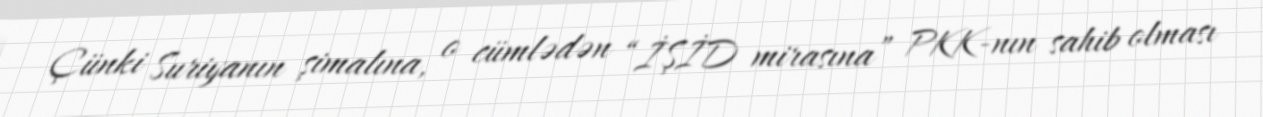
Çünki Suriyanın şimalına, o cümlədən “İŞİD mirasına” PKK-nın sahib olması